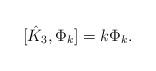
LaTeX: \begin{align*}[\hat K_3, \Phi_k]=k \Phi_k.\end{align*}